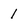
Character: 1